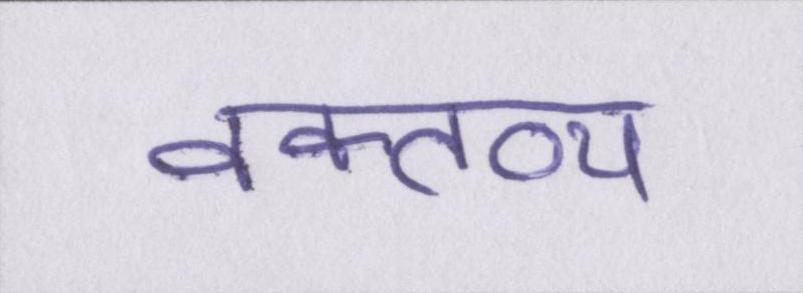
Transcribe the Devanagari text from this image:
वक्तव्य